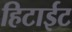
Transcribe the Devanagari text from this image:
हिटाईट